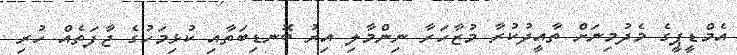
އެމްޑީޕީގެ މެދުމިނަށް ތާއީދުކުރާ މުޒާހަރާ ނިންމާލި އިރު ބޮނޑިބަތާއި ކުޅިމަހުގެ ޖާފަތެއް ހުރި